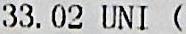
33.02 UNI (